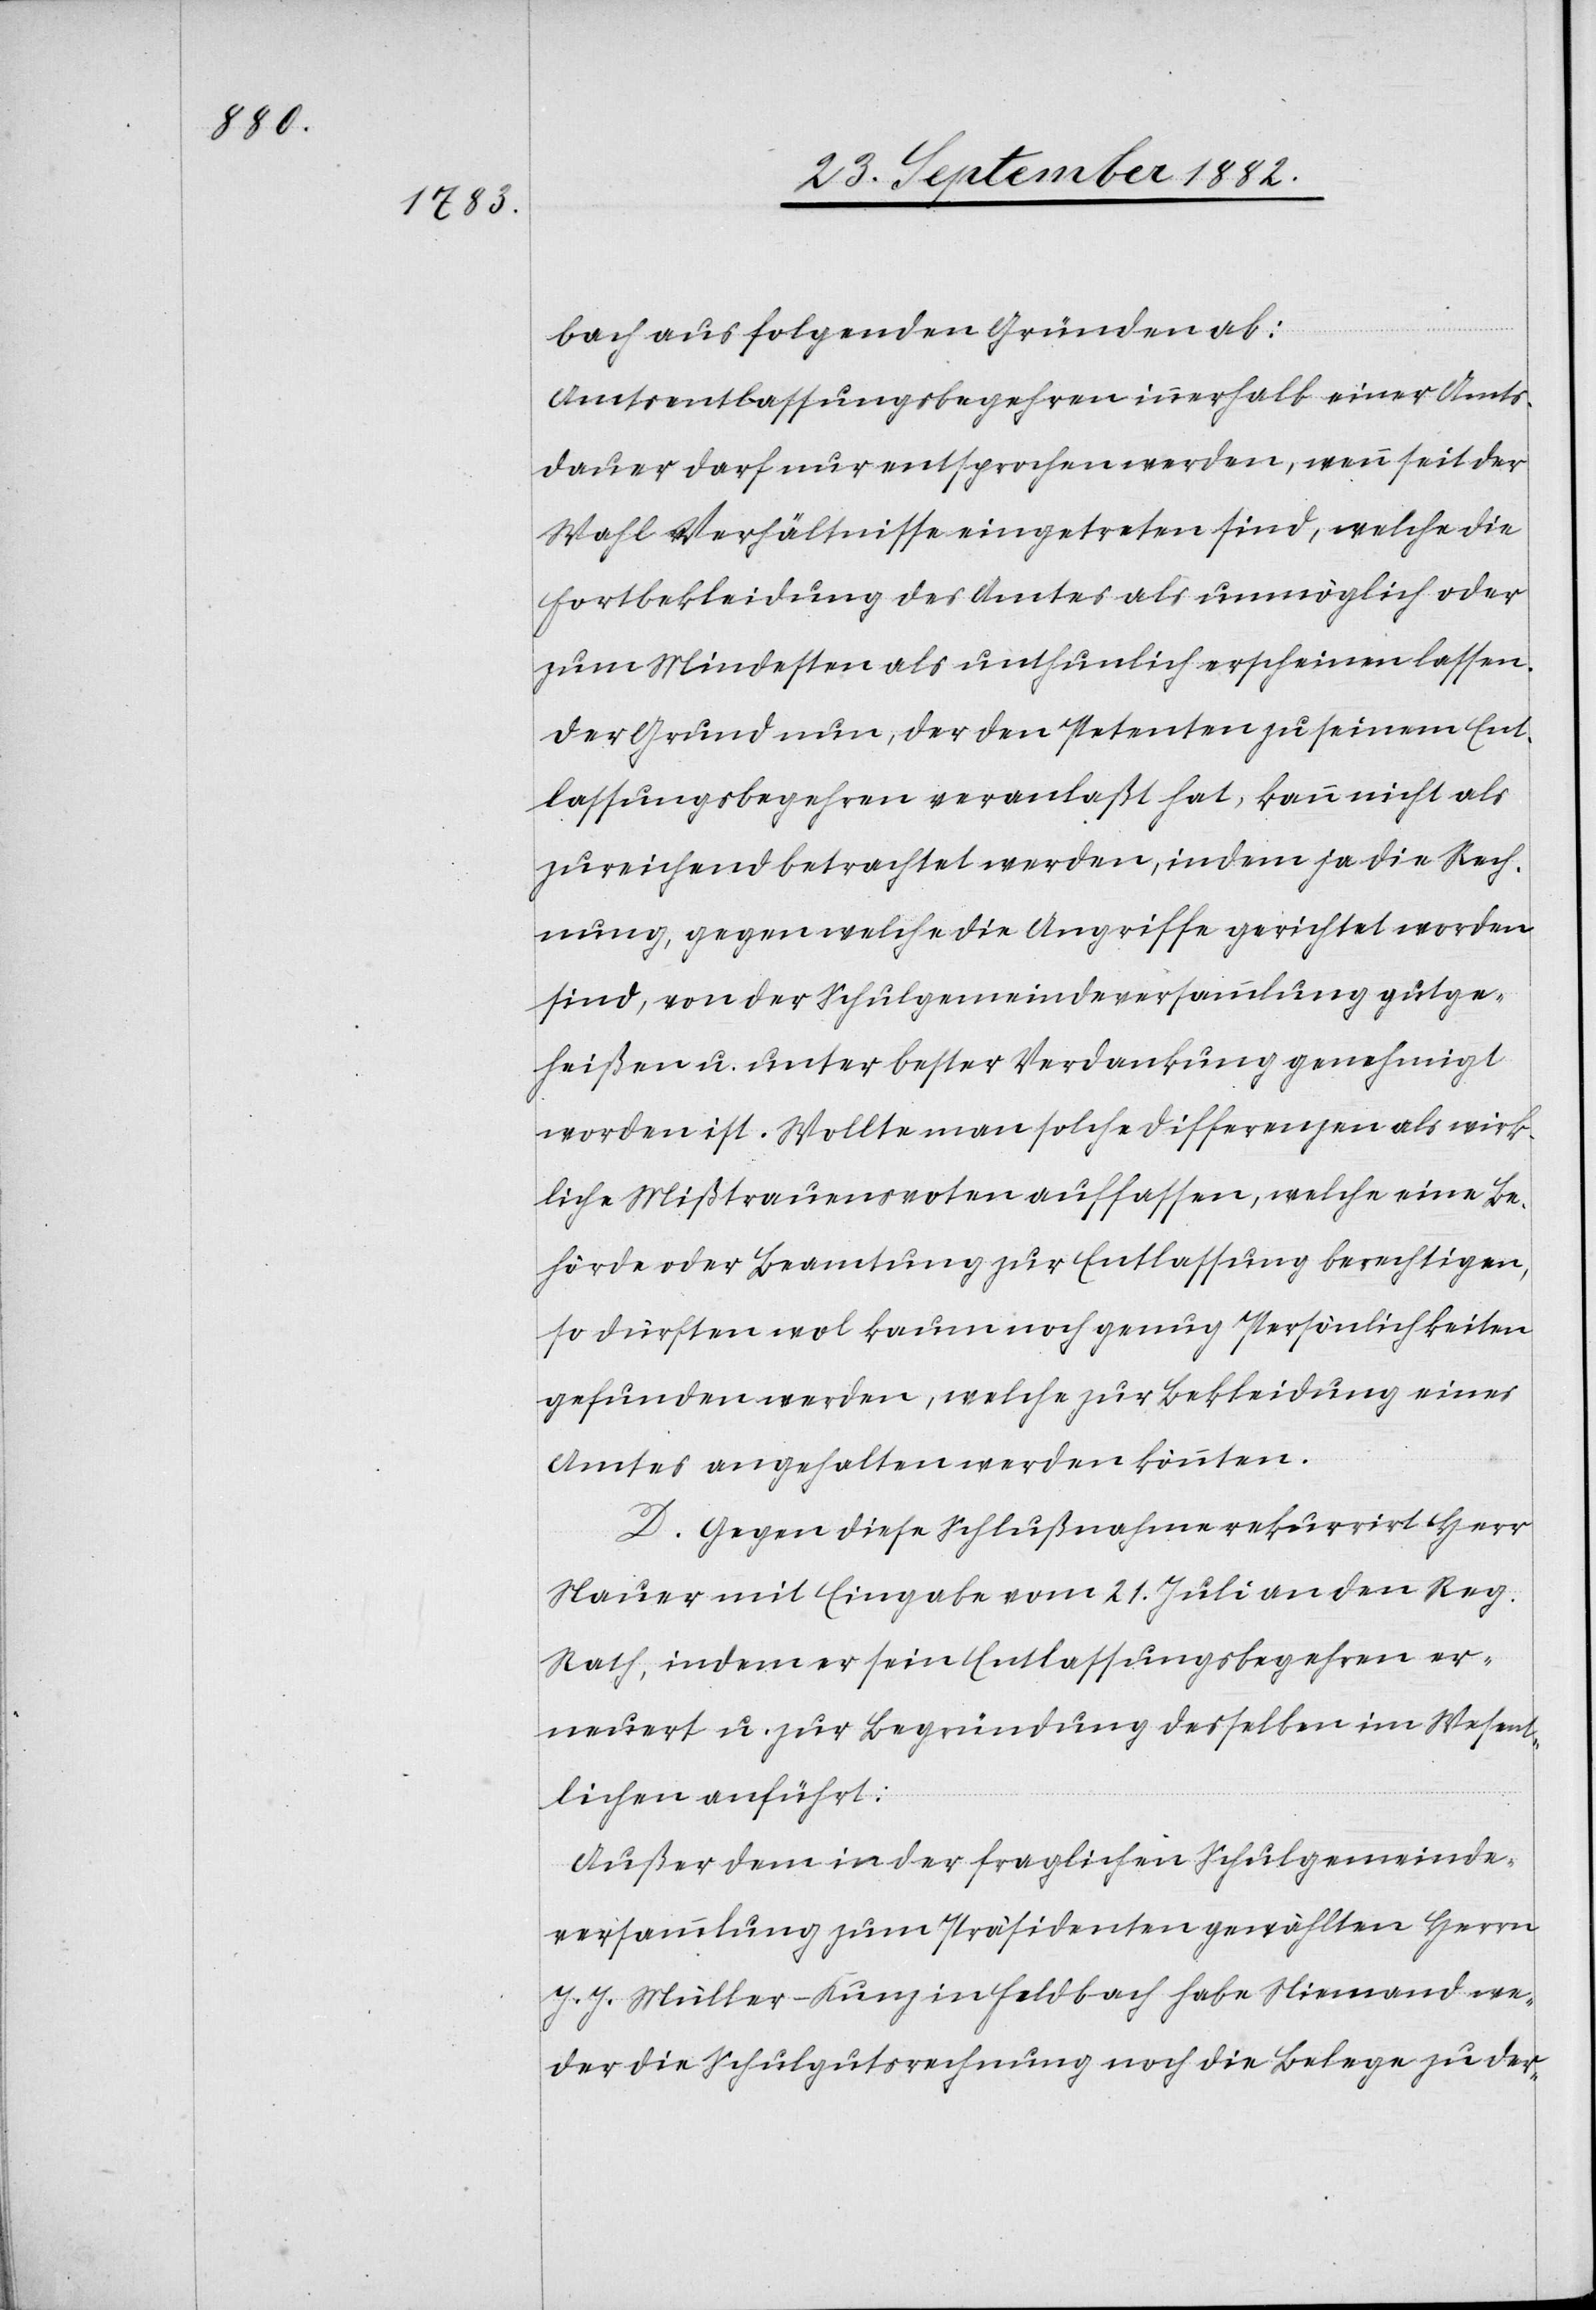
bach aus folgenden Gründen ab:
Amtsentlassungsbegehren innerhalb einer Amts¬
dauer darf nur entsprochen werden, wenn seit der
Wahl Verhältnisse eingetreten sind, welche die
Fortbekleidung des Amtes als unmöglich oder
zum Mindesten als unthunlich erscheinen lassen.
Der Grund nun, der den Petenten zu seinem Ent¬
lassungsbegehren veranlaßt hat, kann nicht als
zureichend betrachtet werden, indem ja die Rech¬
nung, gegen welche die Angriffe gerichtet worden
sind, von der Schulgemeindeversammlung gutge¬
heißen u. unter bester Verdankung genehmigt
worden ist. Wollte man solche Differenzen als wirk¬
liche Mißtrauensvoten auffassen, welche eine Be¬
hörde oder Beamtung zur Entlassung berechtigen,
so dürften wol kaum noch genug Persönlichkeiten
gefunden werden, welche zur Bekleidung eines
Amtes angehalten werden könnten.
D. Gegen diese Schlußnahme rekurrirt Herr
Mauer mit Eingabe vom 21. Juli an den Reg.
Rath, indem er sein Entlassungsbegehren er¬
neuert u. zur Begründung desselben im Wesent¬
lichen anführt:
Außer dem in der fraglichen Schulgemeinde¬
versammlung zum Präsidenten gewählten Herrn
J. J. Müller-Kunz in Feldbach habe Niemand we¬
der die Schulgutsrechnung noch die Belege zu der-